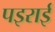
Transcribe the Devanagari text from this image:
पइराई